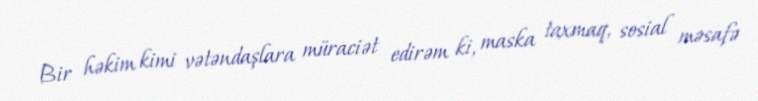
Bir həkim kimi vətəndaşlara müraciət edirəm ki, maska taxmaq, sosial məsafə